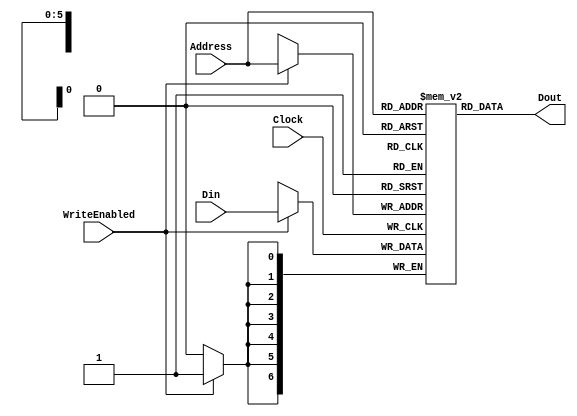
`timescale 1ns / 1ps
//////////////////////////////////////////////////////////////////////////////////
// Company:  Rose-Hulman Institute of Technology
// Summary:  A basic distributed RAM.
//////////////////////////////////////////////////////////////////////////////////
module RAM40x7bits(Address, Din, Clock, WriteEnabled, Dout);
	input [5:0] Address;
	input [6:0] Din;
	input Clock, WriteEnabled;
	output [6:0] Dout;
	
	reg [6:0] Data [39:0];
	
	always@(posedge Clock)
		if (WriteEnabled == 1) Data[Address] <= Din;

	assign Dout = Data[Address];
endmodule